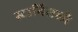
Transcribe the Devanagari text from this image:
स्टानिसलौ